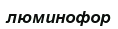
люминофор